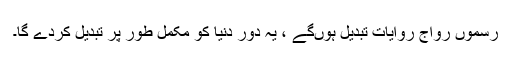
رسموں رواج روایات تبدیل ہوںگے ، یہ دور دنیا کو مکمل طور پر تبدیل کردے گا۔